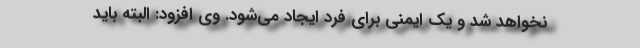
نخواهد شد و یک ایمنی برای فرد ایجاد می‌شود. وی افزود: البته باید